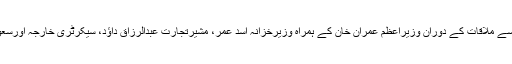
سعودی وزیرتوانائی خالد الفالح اورصدرسعودی انوسٹمنٹ فنڈ اوردیگرسے ملاقات کے دوران وزیراعظم عمران خان کے ہمراہ وزیرخزانہ اسد عمر، مشیرتجارت عبدالرزاق داﺅد، سیکرٹری خارجہ اورسعودی عرب میں پاکستان کے سفیرخان ہشام بن صدیق بھی موجود تھے۔